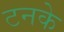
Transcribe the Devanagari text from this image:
टनके